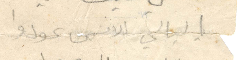
يا ليالي الانس عودوا